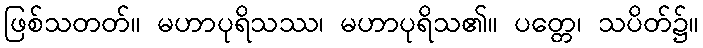
ဖြစ်သတတ်။ မဟာပုရိသဿ၊ မဟာပုရိသ၏။ ပတ္တေ၊ သပိတ်၌။